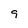
Character: 9